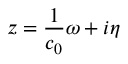
z = \frac { 1 } { c _ { 0 } } \omega + i \eta